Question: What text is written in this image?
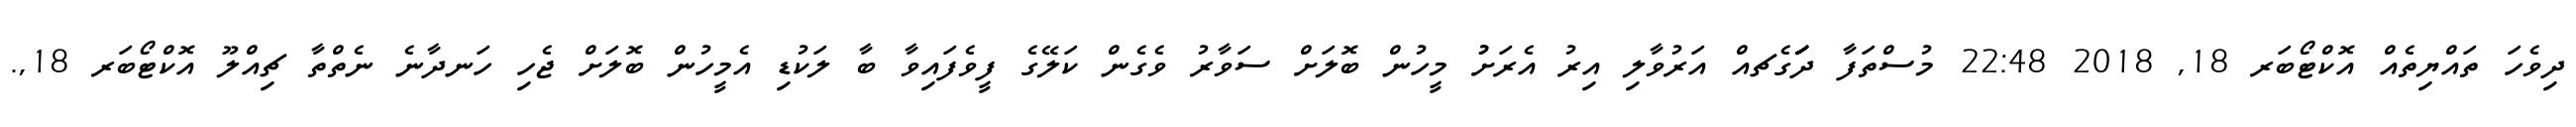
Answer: ދިވެހަ ތައްޔިތެއް އޮކްޓޯބަރ 18, 2018 22:48 މުސްތަފާ ދަަަަަަަގެޗއް އަރުވާލި އިރު އެރަށުު މީހުން ބޮލަށް ސަވާރު ވެގެން ކަލޭގެ ފީވެފައިވާ ބާ ލަކުޑި އެމީހުން ބޮލަށް ޖެހި ހަނދާނެ ނެތްތާ ޗިއްލޫ އޮކްޓޯބަރ 18,.